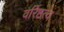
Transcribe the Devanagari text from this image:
वरिष्ठत्व